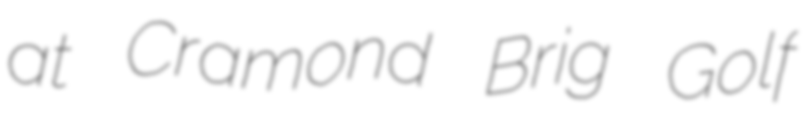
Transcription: at Cramond Brig Golf